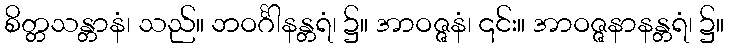
စိတ္တသန္တာနံ၊ သည်။ ဘဝင်္ဂါနန္တရံ၊ ၌။ အာဝဇ္ဇနံ၊ ၎င်း။ အာဝဇ္ဇနာနန္တရံ၊ ၌။